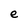
Character: e